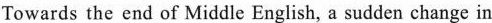
Towards the end of Middle English, a sudden change in